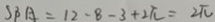
S _ { B } A = 1 2 - 8 - 3 + 2 \pi = 2 \pi